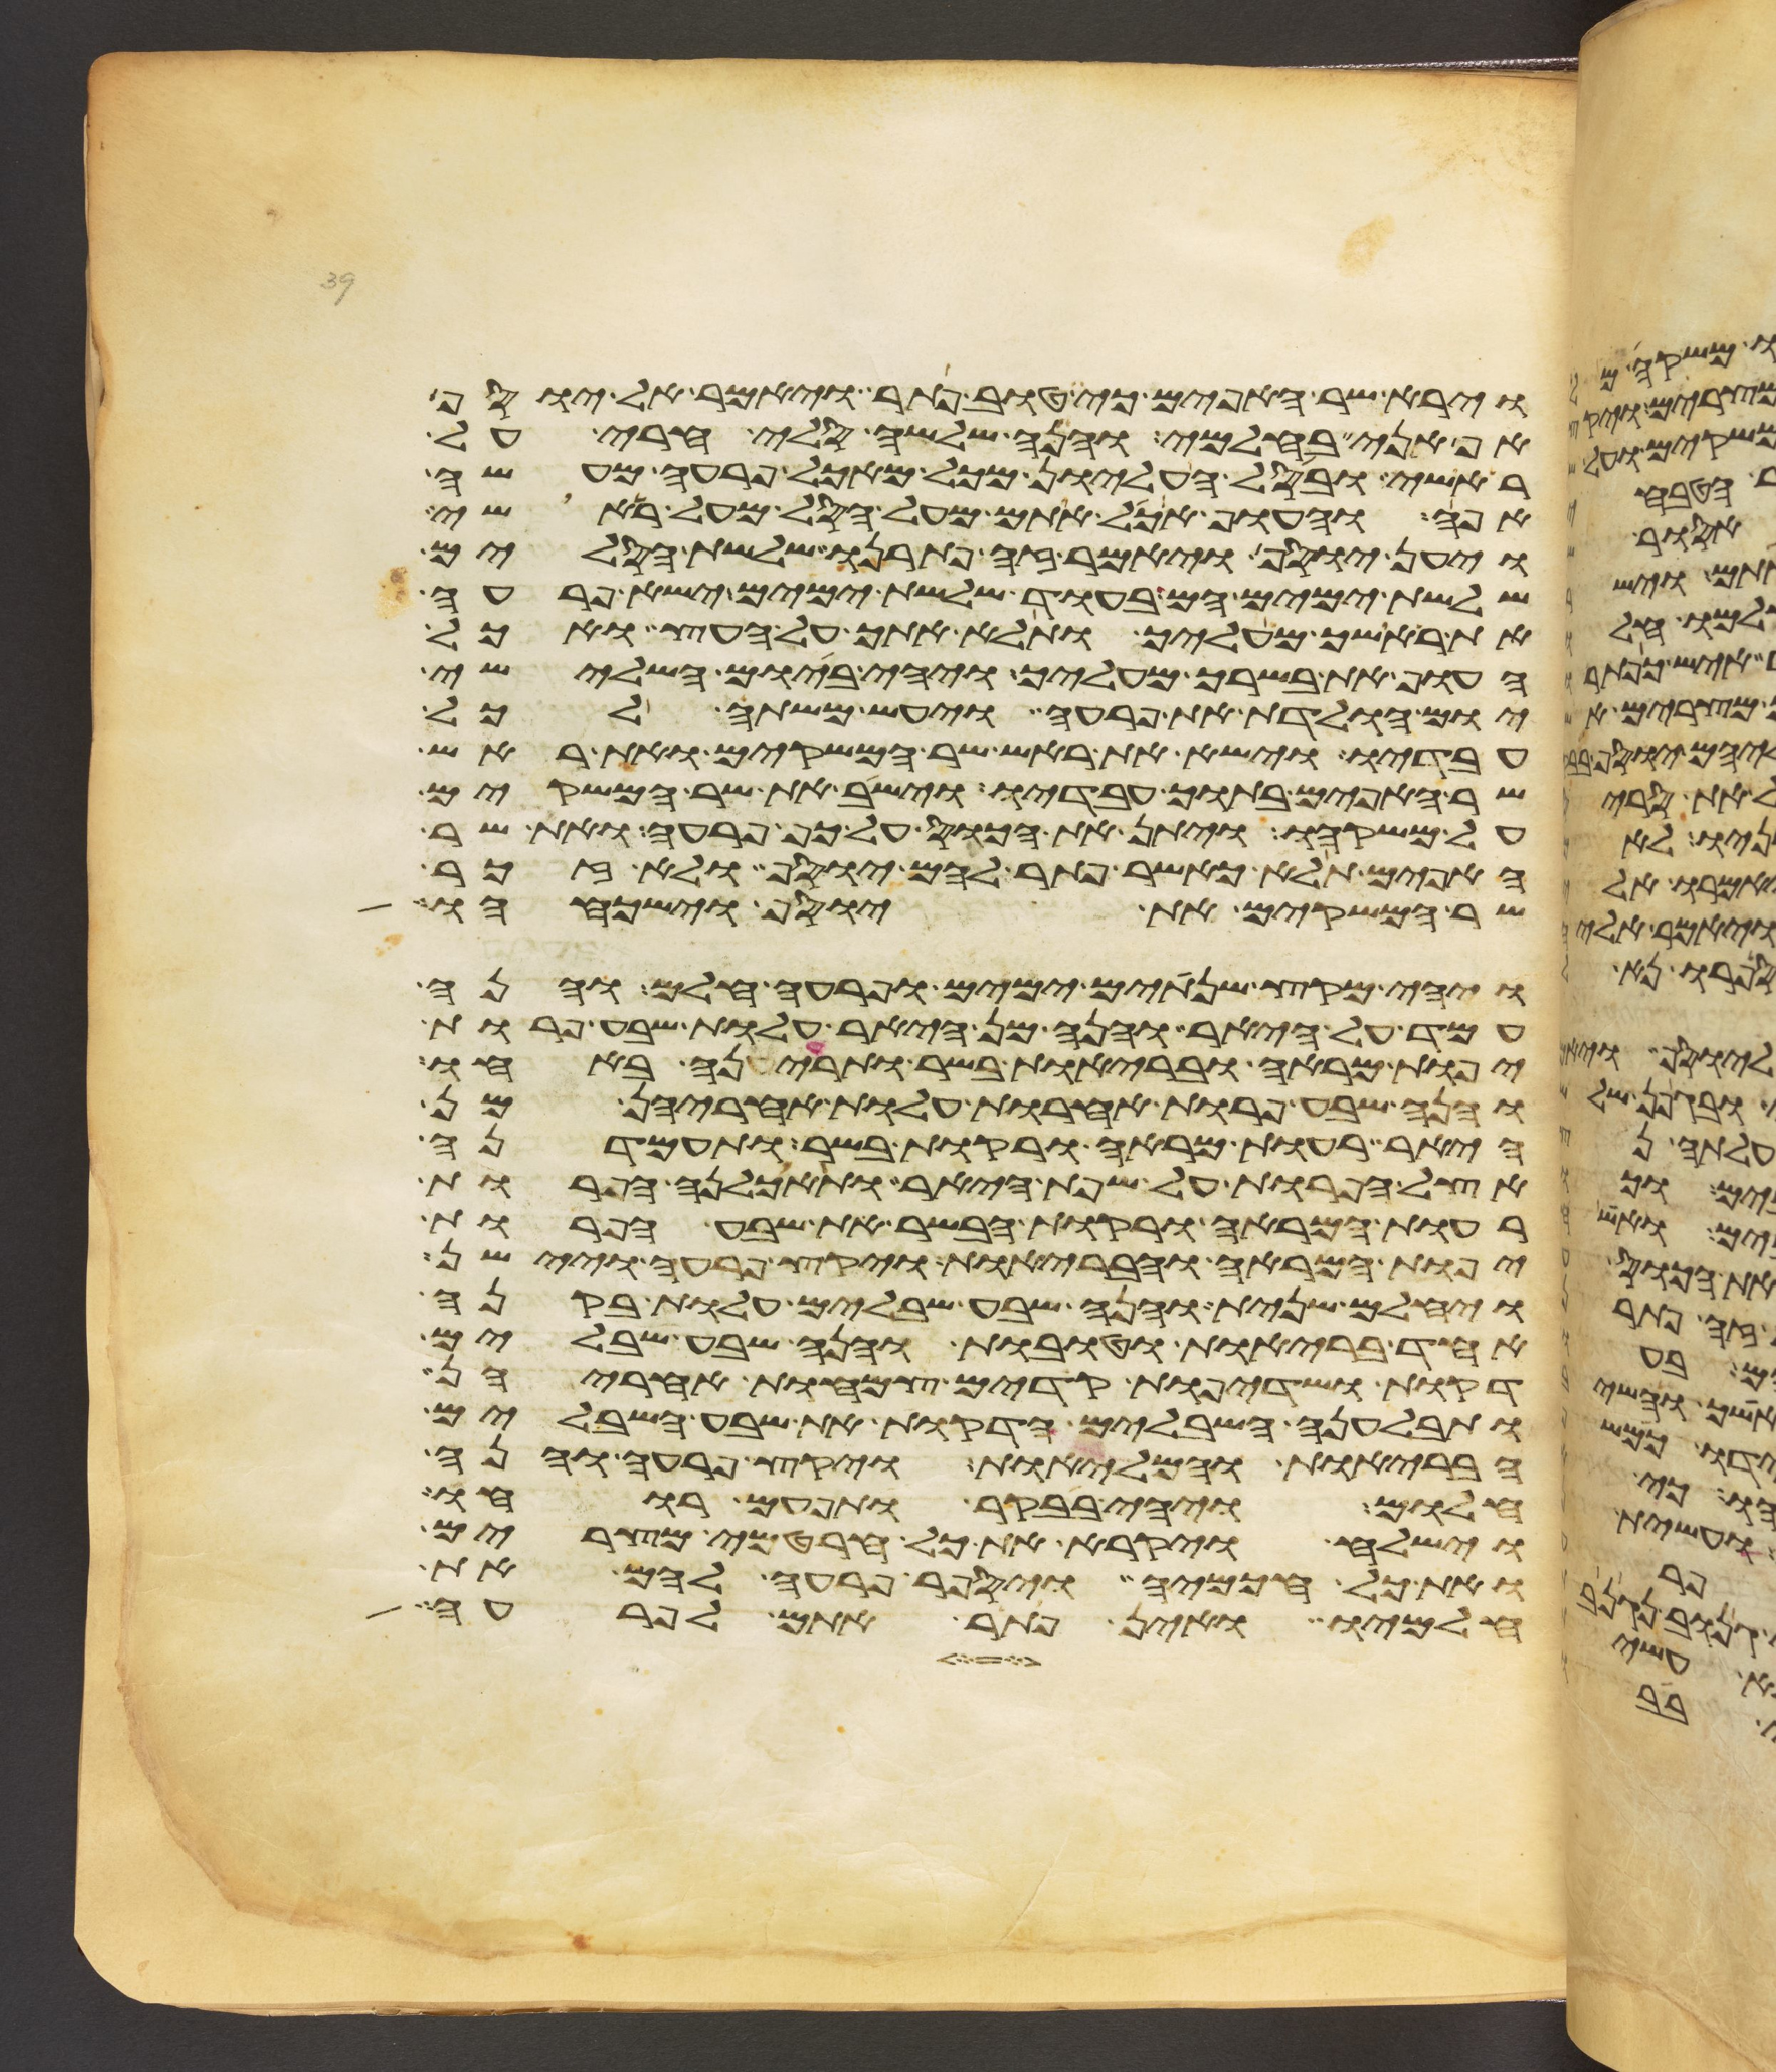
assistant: וירא שר האפים כי טוב פתר ויאמר אל יוסף
אף אני בחלמי והנה שלשה סלי חרי על
ראשי ובסל העליון מכל מאכל פרעה מעשה
אפה והעוף אכל אתם מעל הסל מעל ראשי
ויען יוסף ויאמר זה פתרנו שלשת הסלים
שלשת ימים הם בעוד שלשת ימים ישא פרעה
את ראשך מעליך ותלא אתך על העץ ואכל
העוף את בשרך מעליך ויהי ביום השלישי
יום הולדת את פרעה ויעש משתה לכל
עבדיו וישא את ראש שר המשקים ואת ראש
שר האפים בתוך עבדיו וישב את שר המשקים
על משקהו ויתן את הכוס על כף פרעה ואת שר
האפים תלא כאשר פתר להם יוסף ולא זכר
שר המשקים את יוסף וישכחהו
ויהי מקץ שנתים ימים ופרעה חלם והנה
עמד על היאר והנה מן היאר עלות שבע פרות
יפות מראה ובריות בשר ותריענה באחו
והנה שבע פרות אחרות עלות אחריהן מן
היאר רעות מראה ורקות בשר ותעמדנה
אצל הפרות על שפת היאר ותאכלנה הפרות
רעות המראה ורקות הבשר את שבע הפרות
יפות המראה והבריות ויקץ פרעה ויישן
ויחלם שנית והנה שבע שבלים עלות בקנה
אחד בריות וטובות והנה שבע שבלים
דקות ושדיפות קדים צמחות אחריהן
ותבלענה השבלים הדקות את שבע השבלים
הבריות והמליות ויקץ פרעה והנה
חלום ויהי בבקר ותפעם רוחו
וישלח ויקרא את כל חרטמי מצרים
ואת כל חכמיה ויספר פרעה להם את
חלמיו ואין פתר אתם לפרעה